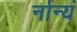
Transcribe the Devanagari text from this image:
र्नान्यं